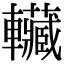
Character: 𰹬